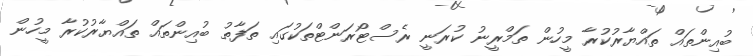
ބުއިންތައް ތައްޔާރުކުރާ މީހުން ތަމްރީނު ކުރަނީ ރެސްޓޯރަންޓްތަކުގައި ތަފާތު ބުއިންތައް ތައްޔާރުކުރާ މީހުން